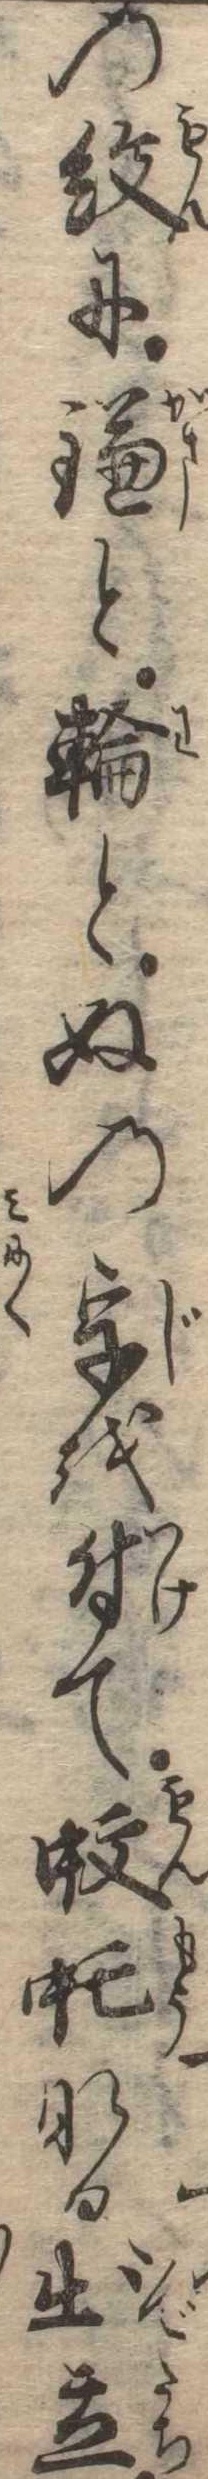
の紋に鎌と輪とぬの字を付て蚊虻なる出立